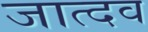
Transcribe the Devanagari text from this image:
जात्दव